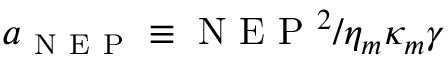
a _ { \mathrm { ~ N ~ E ~ P ~ } } \equiv \mathrm { ~ N ~ E ~ P ~ } ^ { 2 } / \eta _ { m } \kappa _ { m } \gamma